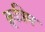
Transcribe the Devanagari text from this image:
क्रृत्रिम